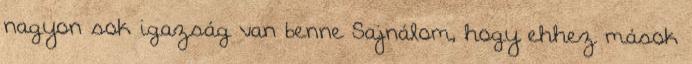
nagyon sok igazság van benne Sajnálom, hogy ehhez mások